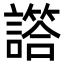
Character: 譗